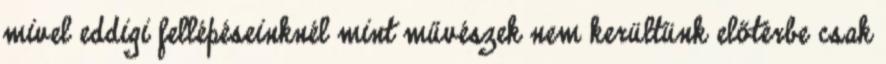
mivel eddigi fellépéseinknél mint művészek nem kerültünk előtérbe csak